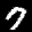
Label: 7